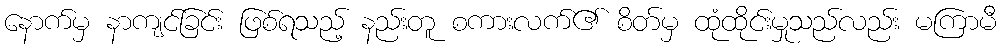
နောက်မှ နာကျင်ခြင်း ဖြစ်ရသည့် နည်းတူ စကားလက်၏ စိတ်မှ ထုံထိုင်းမှုသည်လည်း မကြာမီ